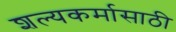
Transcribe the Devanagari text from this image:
शल्यकर्मासाठी